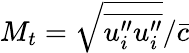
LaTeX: M_{t}=\sqrt{\overline{{{u}_{i}^{\prime\prime}{u}_{i}^{\prime\prime}}}}/\bar{c}